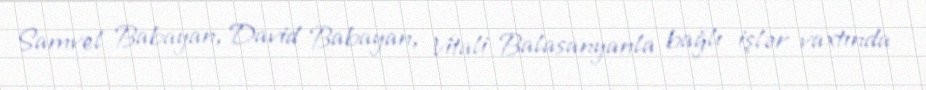
Samvel Babayan, David Babayan, Vitali Balasanyanla bağlı işlər vaxtında